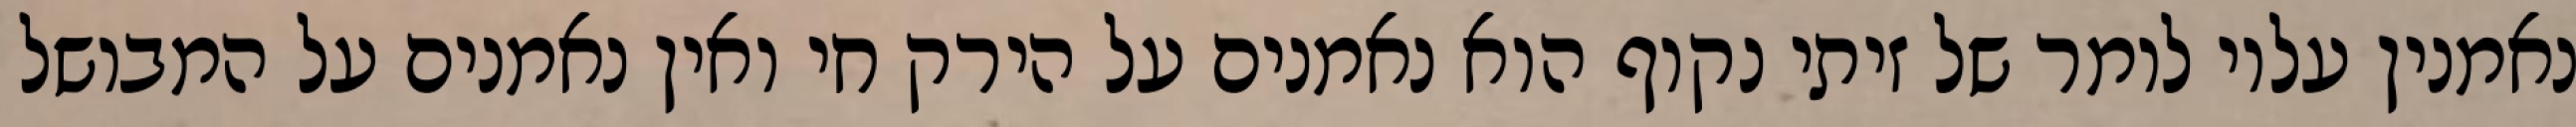
נאמנין עליו לומר של זיתי נקוף הוא נאמנים על הירק חי ואין נאמנים על המבושל